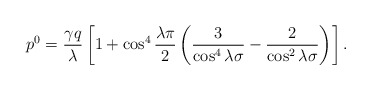
\begin{align*}p^0 = \frac{\gamma q}{\lambda}\left[1+\cos^4\frac{\lambda\pi}{2}\left(\frac{3}{\cos^4\lambda\sigma}-\frac{2}{\cos^2\lambda\sigma}\right)\right].\end{align*}